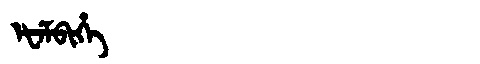
Manchu: ᡝᡶᡝᠮᠪᡳᡥᡝ
Romanization: EFEMBIHE